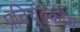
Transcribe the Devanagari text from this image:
प्रतिचुंबकीय